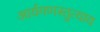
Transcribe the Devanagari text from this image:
आर्यगणस्तुत्याय